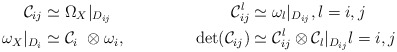
\begin{align*} \mathcal{C}_{ij} &\simeq \Omega_{X}|_{D_{ij}}&\mathcal{C}_{ij}^l &\simeq \omega_l|_{D_{ij}}, l=i,j \\\omega_X|_{D_i} &\simeq \mathcal{C}_i\ \otimes \omega_i,&\det(\mathcal{C}_{ij}) &\simeq \mathcal{C}_{ij}^l \otimes \mathcal{C}_l|_{D_{ij}} l=i,j\end{align*}